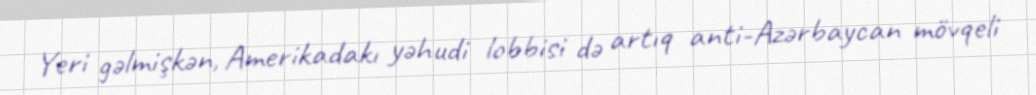
Yeri gəlmişkən, Amerikadakı yəhudi lobbisi də artıq anti-Azərbaycan mövqeli